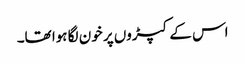
اس کے کپڑوں پر خون لگا ہوا تھا۔